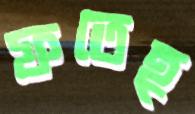
ফতেহ্